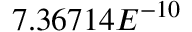
7 . 3 6 7 1 4 E ^ { - 1 0 }